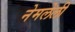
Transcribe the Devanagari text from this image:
नेमलेली